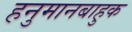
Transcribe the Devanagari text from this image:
हनुमानबाहुक